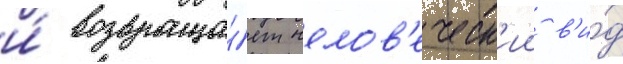
и́ возвраща́ет челов'еческ'ии в'и́д